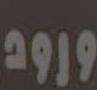
ورود